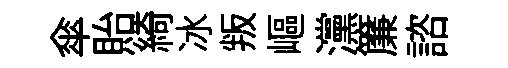
傘貽綺冰叛嶇灙簾諮